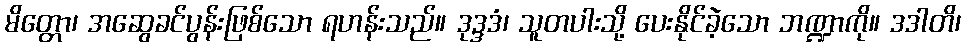
မိတ္တော၊ အဆွေခင်ပွန်းဖြစ်သော ရဟန်းသည်။ ဒုဒ္ဒဒံ၊ သူတပါးသို့ ပေးနိုင်ခဲ့သော ဘဏ္ဍာကို။ ဒဒါတိ၊